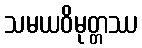
သမယဝိမုတ္တဿ